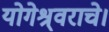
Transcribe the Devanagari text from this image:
योगेश्र्वराचे।